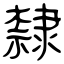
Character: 隸